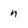
Character: n